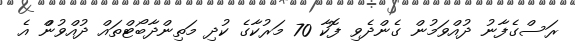
ރަސްގެފާނު ދުއްވަމުން ގެންދެވި ފޮކާ 70 މަރުކާގެ ކުދި މަތިންދާބޯޓްތައް ދުއްވުންް އެ